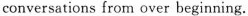
conversations from over beginning.